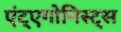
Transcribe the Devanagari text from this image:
एंट्एगोनिस्ट्स